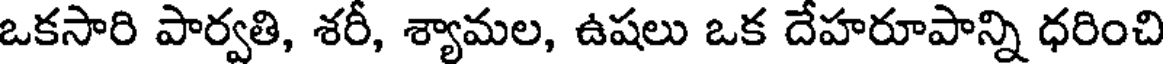
ఒకసారి పార్వతి, శరీ, శ్యామల, ఉషలు ఒక దేహరూపాన్ని ధరించి